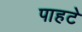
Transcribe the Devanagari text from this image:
पाहटे